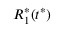
R _ { 1 } ^ { * } ( t ^ { * } )